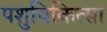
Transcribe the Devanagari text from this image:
पशुचिकित्‍सा